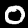
Digit: 0